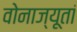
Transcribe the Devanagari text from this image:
वोनाज्यूतां